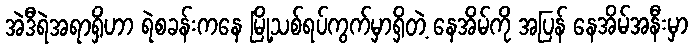
အဲဒီရဲအရာရှိဟာ ရဲစခန်းကနေ မြို့သစ်ရပ်ကွက်မှာရှိတဲ့ နေအိမ်ကို အပြန် နေအိမ်အနီးမှာ